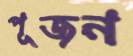
পূজন